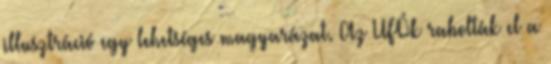
illusztráció egy lehetséges magyarázat. Az UFÓk rabolták el a